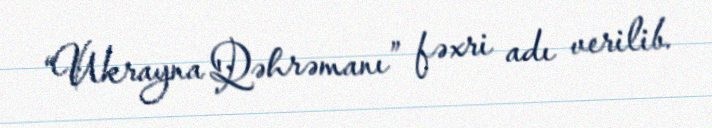
“Ukrayna Qəhrəmanı” fəxri adı verilib.